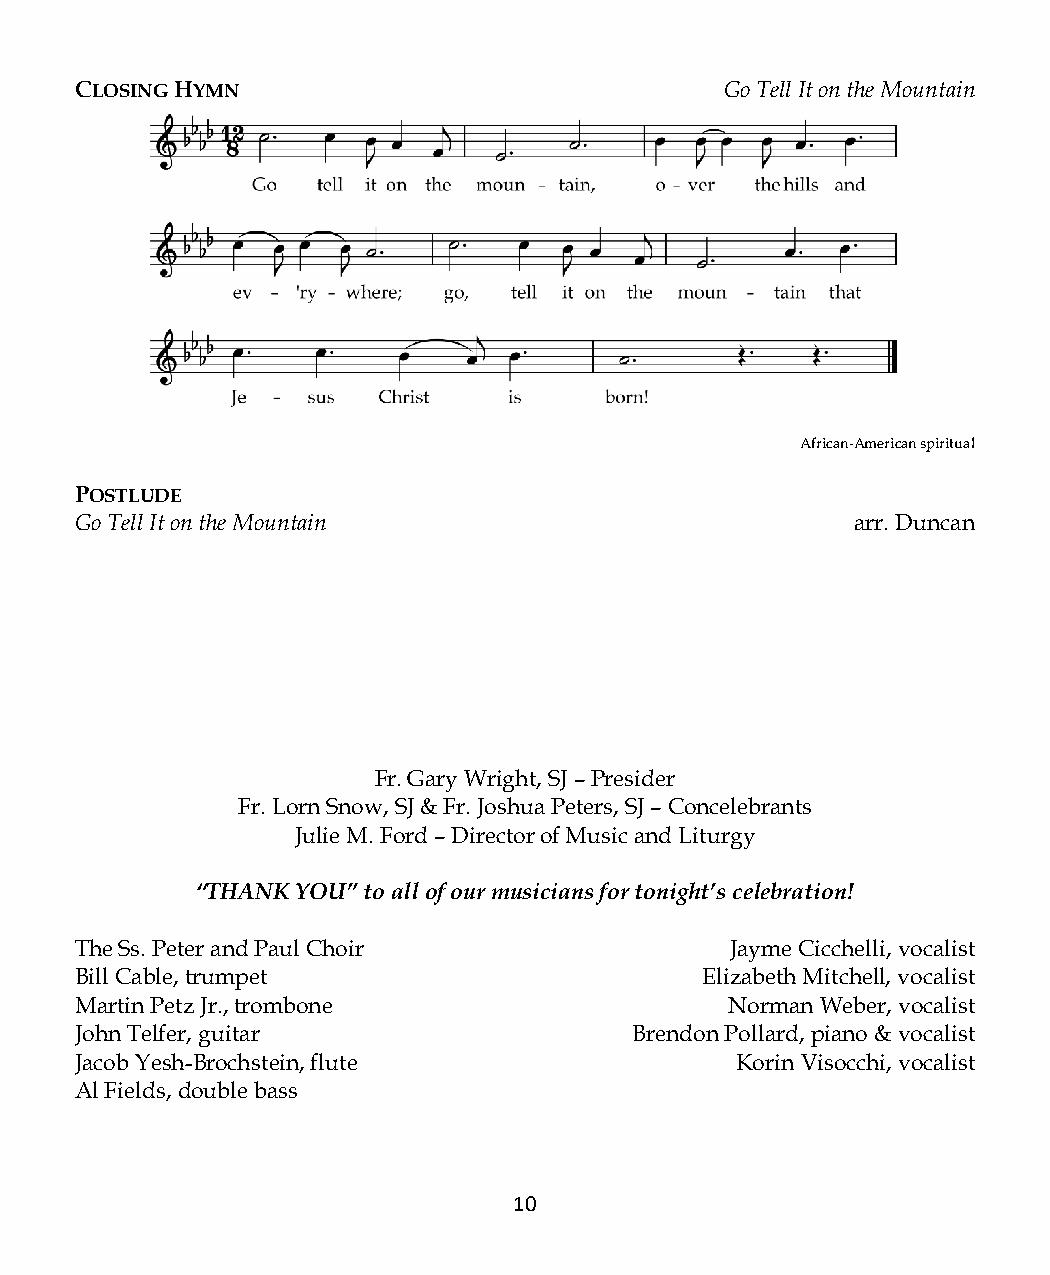
CLOSING HYMN                               Go Tell It on the Mountain
 African-American spiritual
 POSTLUDE
 Go Tell It on the Mountain                          arr. Duncan
 Fr. Gary Wright, SJ – Presider
 Fr. Lorn Snow, SJ & Fr. Joshua Peters, SJ – Concelebrants
 Julie M. Ford – Director of Music and Liturgy
 “THANK YOU” to all of our musicians for tonight’s celebration!
 The Ss. Peter and Paul Choir               Jayme Cicchelli, vocalist
 Bill Cable, trumpet                      Elizabeth Mitchell, vocalist
 Martin Petz Jr., trombone                  Norman Weber, vocalist
 John Telfer, guitar                  Brendon Pollard, piano & vocalist
 Jacob Yesh-Brochstein, flute                Korin Visocchi, vocalist
 Al Fields, double bass
 10